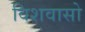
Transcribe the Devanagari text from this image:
विशवासो